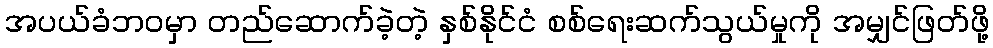
အပယ်ခံဘဝမှာ တည်ဆောက်ခဲ့တဲ့ နှစ်နိုင်ငံ စစ်ရေးဆက်သွယ်မှုကို အမျှင်ဖြတ်ဖို့